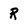
Character: R